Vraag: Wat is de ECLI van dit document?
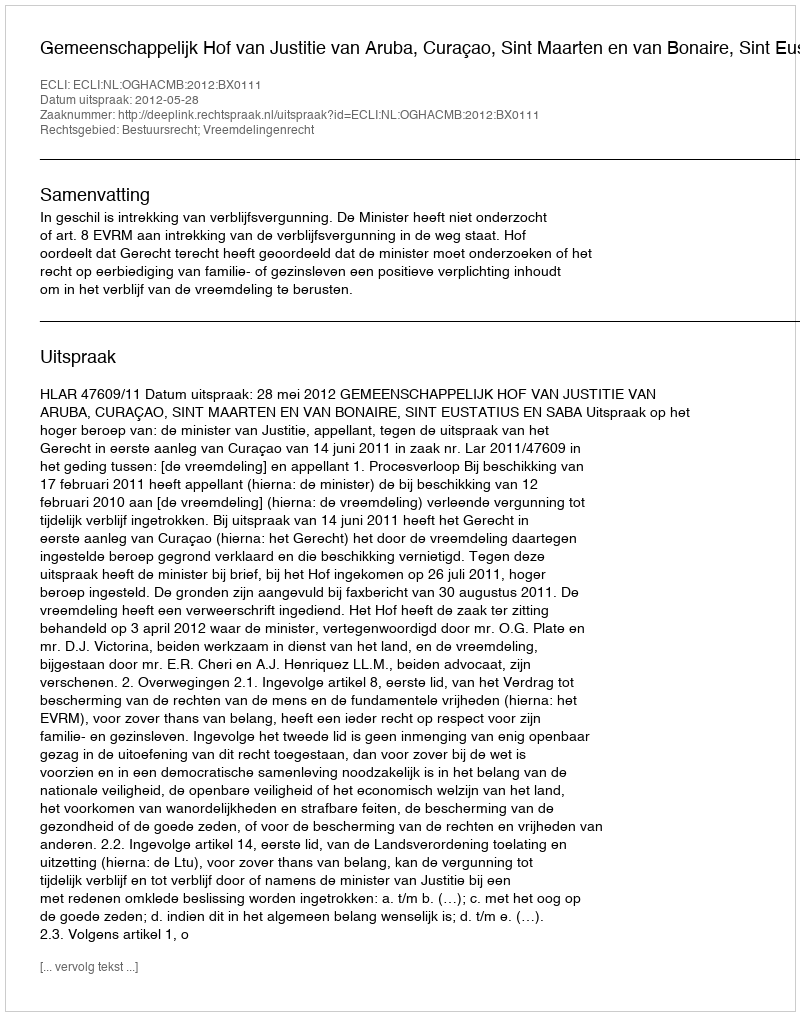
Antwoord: ECLI:NL:OGHACMB:2012:BX0111